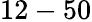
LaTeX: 12-50